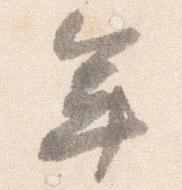
年